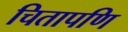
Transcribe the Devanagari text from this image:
चितापणि